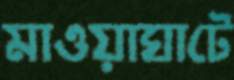
মাওয়াঘাটে